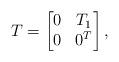
LaTeX: \begin{align*}T=\begin{bmatrix}0 & T_1\\0 & 0^T\end{bmatrix},\end{align*}